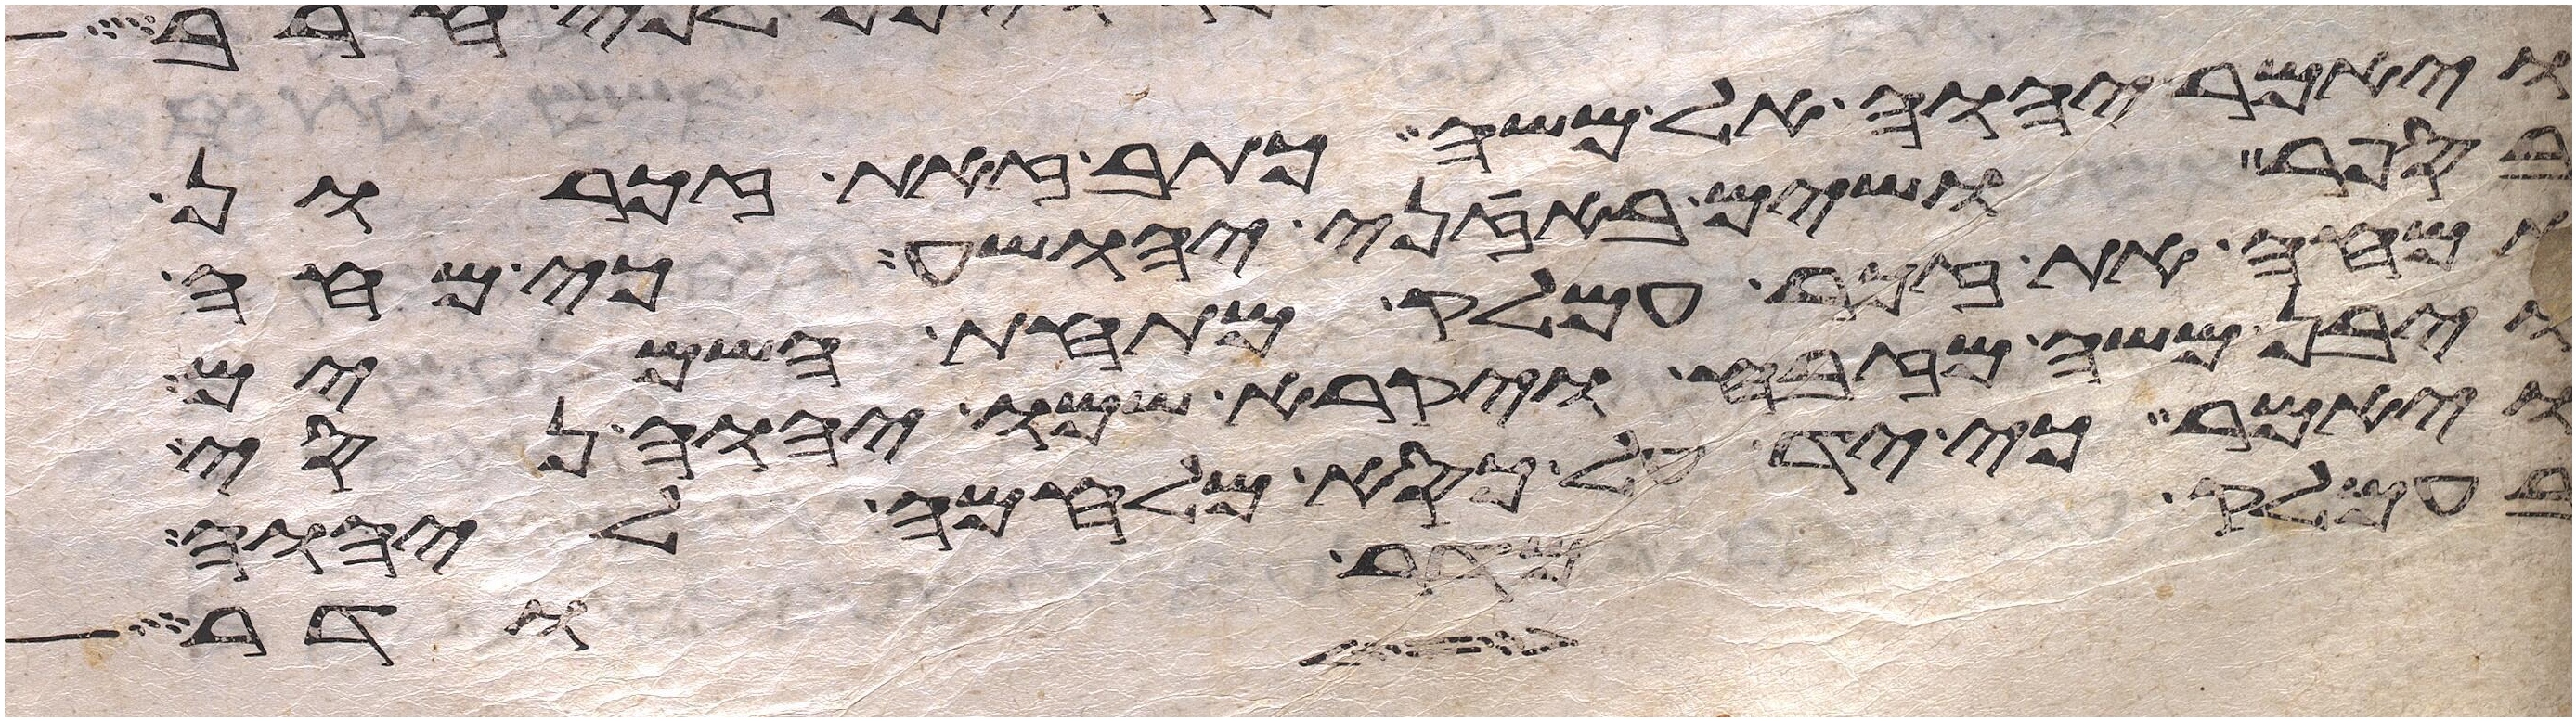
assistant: ויאמר יהוה אל משה כתב זאת זכרון
בספר ושים באזני יהושע כי מחה
אמחה את זכר עמלק מתחת השמים
ויבן משה מזבח ויקרא שמו יהוה נסי
ויאמר כי יד על כסא מלחמה ליהוה
בלב ים אמר אויב ארדף